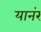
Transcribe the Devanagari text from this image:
यानंर